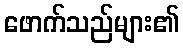
ဖောက်သည်များ၏